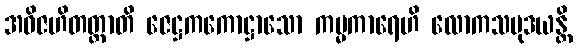
အဝိဇဟိတတ္တာတိ ဇေဋ္ဌကကောဋ္ဌာသော ကမ္မကာရေဟိ လောကသမုဒယန္တိ